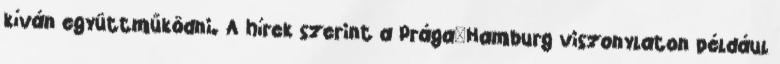
kíván együttműködni. A hírek szerint a Prága–Hamburg viszonylaton például